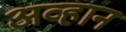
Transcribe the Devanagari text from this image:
अव्हान